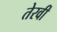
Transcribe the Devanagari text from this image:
तेरवीं